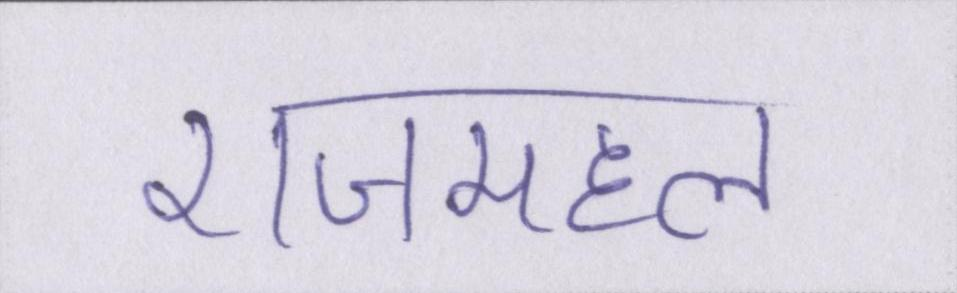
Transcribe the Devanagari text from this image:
राजमहल